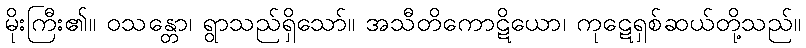
မိုးကြီး၏။ ဝသန္တော၊ ရွာသည်ရှိသော်။ အသီတိကောဋိယော၊ ကုဋေရှစ်ဆယ်တို့သည်။